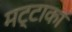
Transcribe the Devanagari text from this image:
मट्टाका